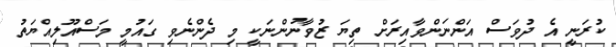
ކުރަނީ އެ ދުވަސް އަންނަންވާއިރަށް ތިޔަ ޒުވާނުންނަކީ މި ދެންނެވި ގައުމީ މަސްއޫލިއްޔަތު